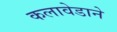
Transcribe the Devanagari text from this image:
कलावेडाने